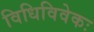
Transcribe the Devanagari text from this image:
विधिविवेकः